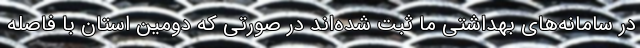
در سامانه‌های بهداشتی ما ثبت شده‌اند در صورتی که دومین استان با فاصله